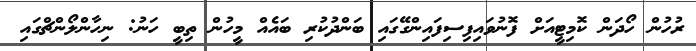
ރުހުން ހޯދަން ކޮމިޓީއަށް ފޮނުވައިފިސިފައިންގޭގައި ބަންދުކުރި ބައެއް މީހުން ތިބީ ހަނު: ނިހާންލޯންޗްގައި